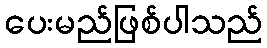
ပေးမည်ဖြစ်ပါသည်